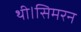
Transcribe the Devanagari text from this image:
थी।सिमरन